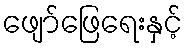
ဖျော်ဖြေရေးနှင့်